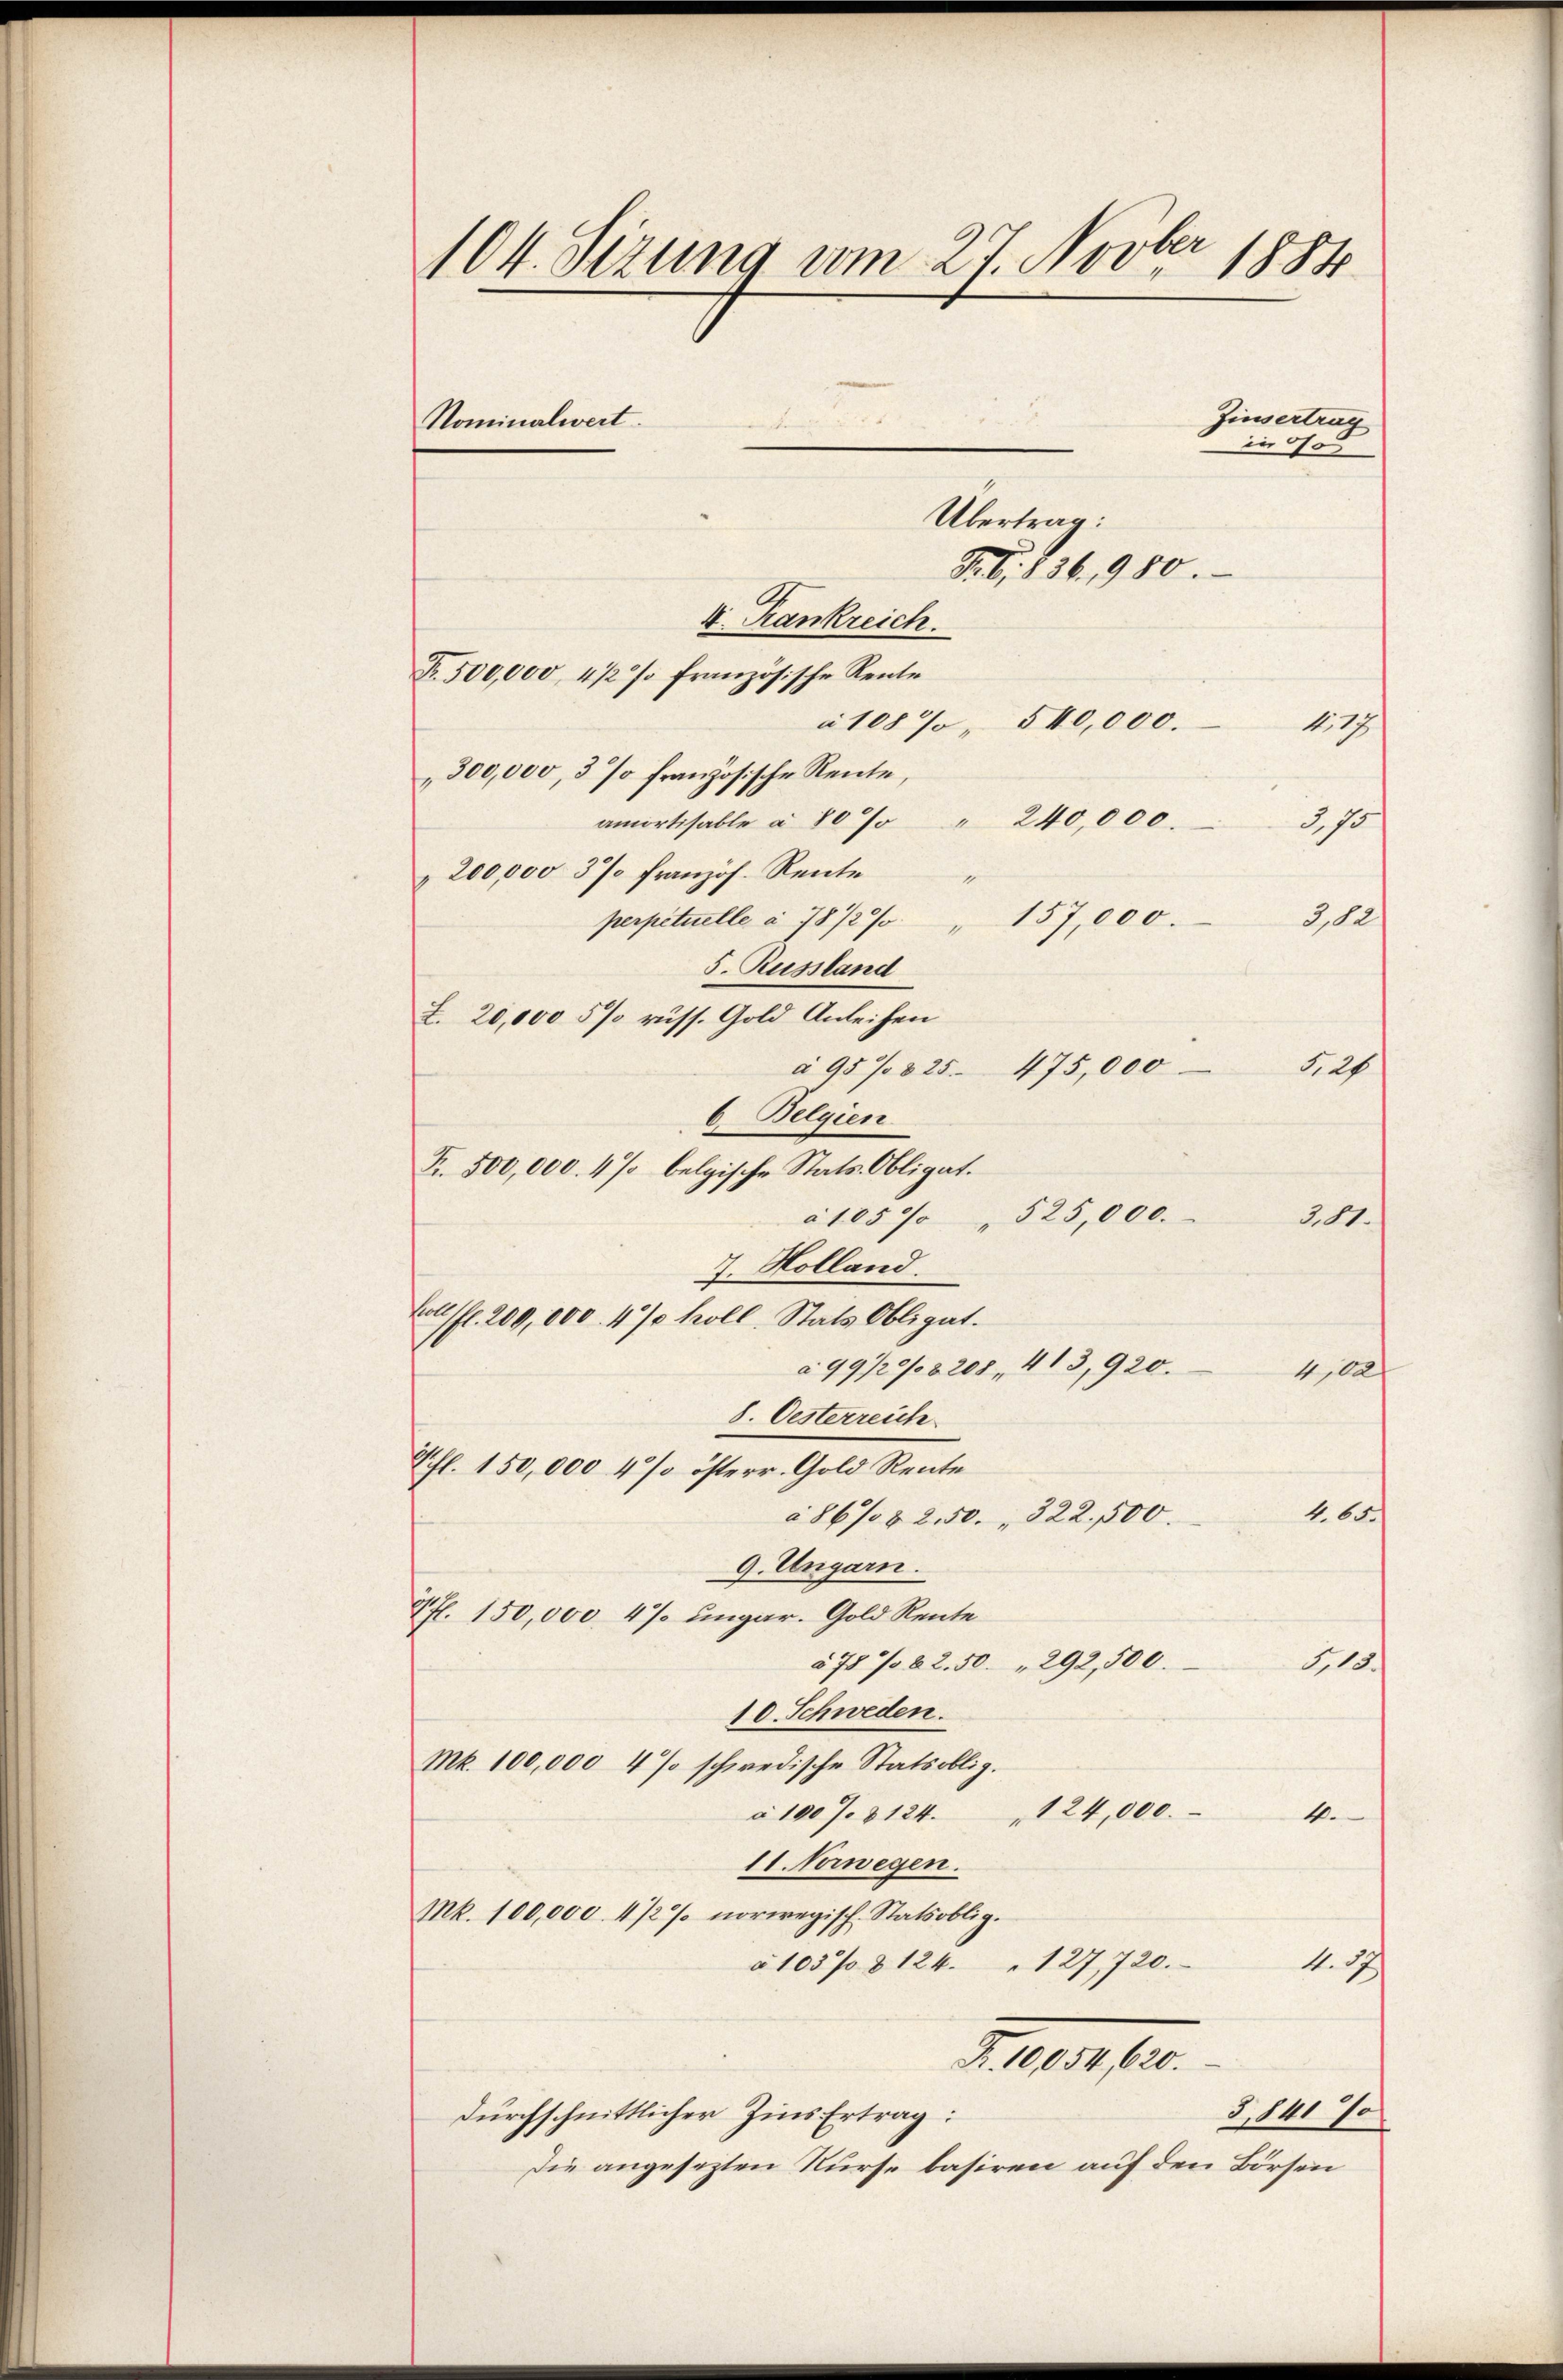
104. Sizung am 27. Novber 1884
Zinsertrag
Nominalwert.

—
in 00
Übertrag:
F. S. 136, 980.
V. Rankreich

Fr. 500,000, 4 1/2 % französische Rente
à 108 % " 540,000.
" 300,000, 3 % französische Rente,
amortisable à 80% " 240,000.
3,70
200,000 3% französ. Rente
e
perpetuelle à 78/2% " 157,000.
382/
s. Russland
Z. 20,000 5% russ. Gold Anleihen
à 95% 825. 475,000
12
6. Belgien
Fr. 500,000. 4 % belgische Stats-Obligat.
à 105% " 525,000.
200.
7. Holland.

Colffl. 200,000. 4% koll. Stats Obligat.
a 99/29/8 208, 413,920.
4,00
8. Oesterreich
Schl. 150,000 4% österr. Gold Rente
1.600
à 86/82. 50. 322. 500.
9. Ungarn.
4 fl. 150,000 4% ungar. Gold Rente
578/62.50 " 292,500.
113.

10. Schweden.
Mk. 100,000 4 % schwedische Statsoblig.
124,000.
à 100%. § 124.
4.
11. Verwegen.
Mk. 100,000. 412 % norwegisch Statsoblig.
à 1037 § 124. " 127, 720.
1.1
Fr. 10,054,620.
3,8417
durchschnittlicher Zins Ertrag:
Die angesezten Kurse basiren auf den Börsen

Ao 17